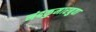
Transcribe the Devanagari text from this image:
नंदकुमारबुवा